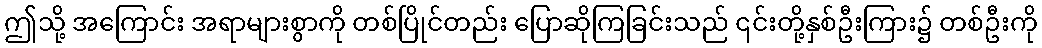
ဤသို့ အကြောင်း အရာများစွာကို တစ်ပြိုင်တည်း ပြောဆိုကြခြင်းသည် ၎င်းတို့နှစ်ဦးကြား၌ တစ်ဦးကို